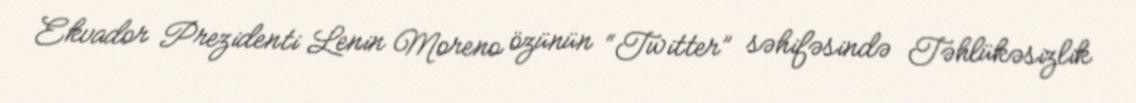
Ekvador Prezidenti Lenin Moreno özünün “Twitter” səhifəsində Təhlükəsizlik